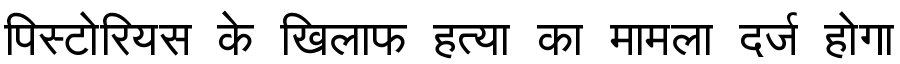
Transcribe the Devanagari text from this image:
पिस्टोरियस के खिलाफ हत्या का मामला दर्ज होगा